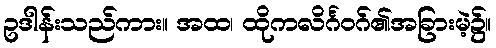
ဥဒါန်းသည်ကား။ အထ၊ ထိုကလိင်္ဂဝဂ်၏အခြားမဲ့၌။